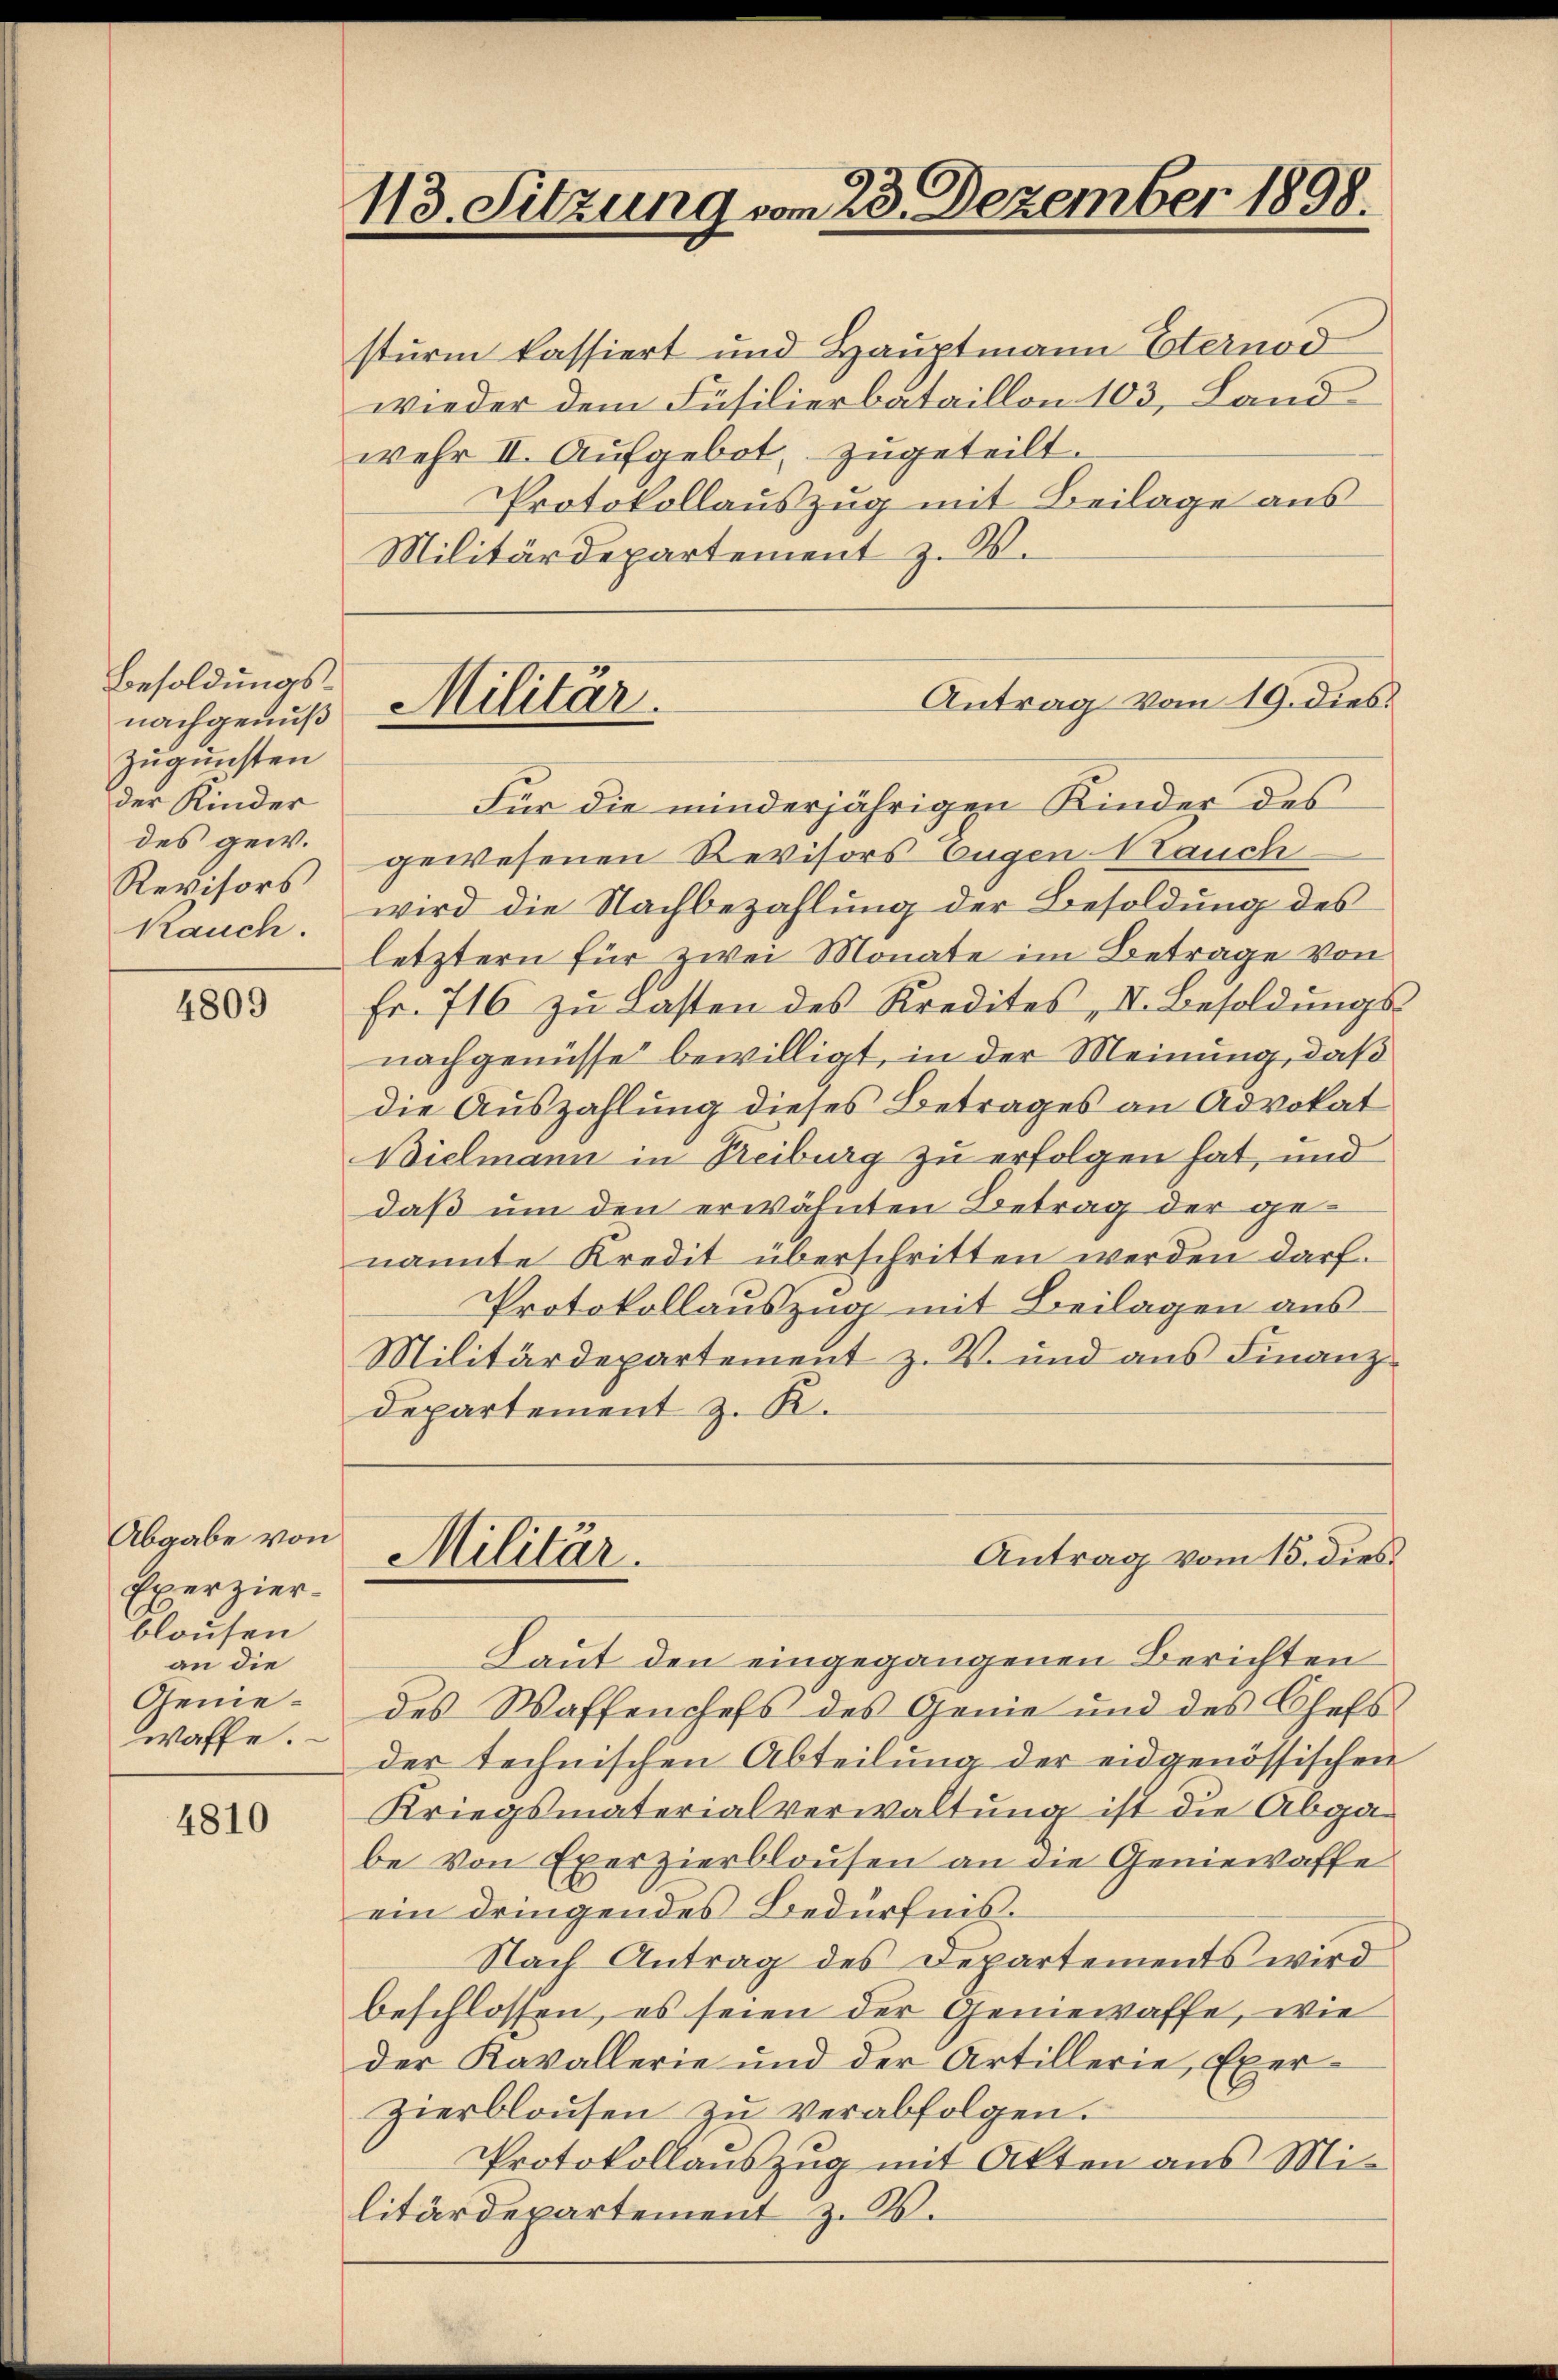
Besoldungsnachgenuß
zugunsten
der Kinder
des gew.
Revisors
Rauch.

4809

Abgabe von
Exerzier
blausen
an die
Geniewaffe.

4810

113. Sitzung vom 23. Dezember 1898.

sturm kassiert und Hauptmann Eternod
wieder dem Füsilierbataillon 103, Land
wehr II. Aufgebot, zugeteilt.
Protokollauszug mit Beilage aus
Militärdepartement z. W.
Für die minderjährigen Kinder des
gewesenen Revisors Eugen Stauch
wird die Nachbezahlung der Besoldung des
letztern für zwei Monate im Betrage von
Fr. 716 zu Lasten des Kredites, II. Besoldungsnachgenüsse bewilligt, in der Meinung, daß
die Auszahlung dieses Betrages an Advokat
Bielmann in Reiburg zu erfolgen hat, und
daß um den erwähnten Betrag der genannte Kredit überschritten werden darf.
Protokollauszug mit Beilagen aus
Militärdepartement z. V. und aus Finanz-
departement z. R.
Antrag vom 15. dies
Militär.
Laut den eingegangenen Berichten
des Waffenchefs des Genie und des Chefs
der technischen Abteilung der eidgenössischen
Kriegsmaterialverwaltung ist die Abgabe von Exerzierblausen an die Geniewaffe
ein dringendes Bedürfnis¬
Nach Antrag des Departements wird
beschlossen, es seien der Geniewaffe, wie
der Kavallerie und der Artillerie, Exer¬
Zierblaŭsen zŭ verabfolgen.
Protokollauszug mit Akten aus Militärdepartement z. B.

Militär.

Antrag vom 19. dies